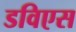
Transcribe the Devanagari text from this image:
डविएस